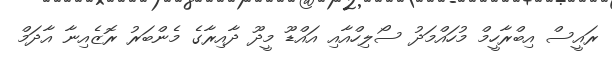
ރައީސް އިބްރާހީމް މުހައްމަދު ސޯލިހްއާއި އައްޑޫ މީދޫ ދާއިރާގެ މެންބަރު ރޮޒެއިނާ އާދަމް